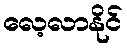
လေ့လာနိုင်